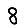
Digit: 8